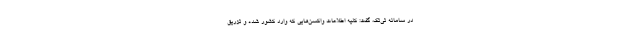
در سامانه تی‌تک، گفت: کلیه اطلاعات واکسن‌هایی که وارد کشور شده و تزریق